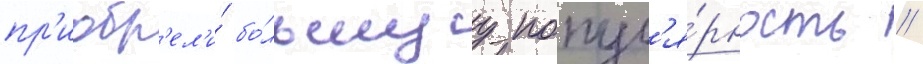
пр'иобр'ел'и́ бо́льшуу попул'я́рность //